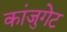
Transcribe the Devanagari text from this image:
कांजुगेट